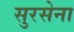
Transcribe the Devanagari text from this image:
सुरसेना